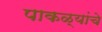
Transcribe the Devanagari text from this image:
पाकळ्यांचे